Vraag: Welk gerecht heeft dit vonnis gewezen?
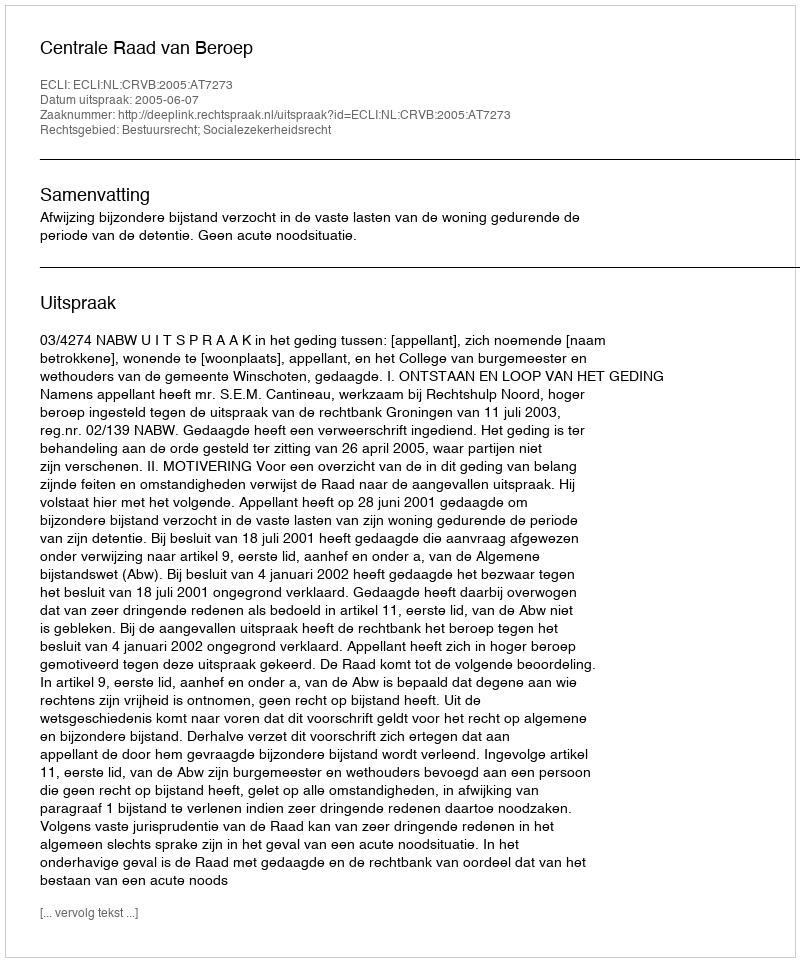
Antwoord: Centrale Raad van Beroep